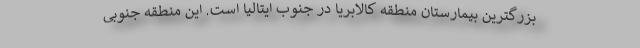
بزرگترین بیمارستان منطقه کالابریا در جنوب ایتالیا است. این منطقه جنوبی